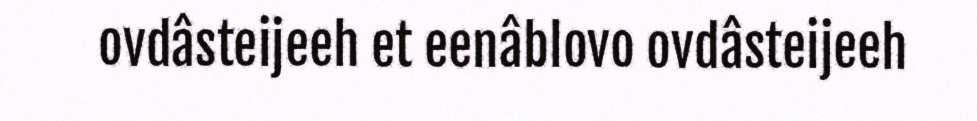
ovdâsteijeeh et eenâblovo ovdâsteijeeh